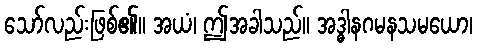
သော်လည်းဖြစ်၏။ အယံ၊ ဤအခါသည်။ အဒ္ဓါနဂမနသမယော၊